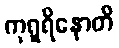
ကုရူရိနောတိ